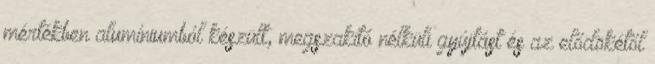
mértékben alumíniumból készült, megszakító nélküli gyújtást és az elődökétől